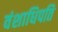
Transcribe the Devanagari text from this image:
वंशाधिपति